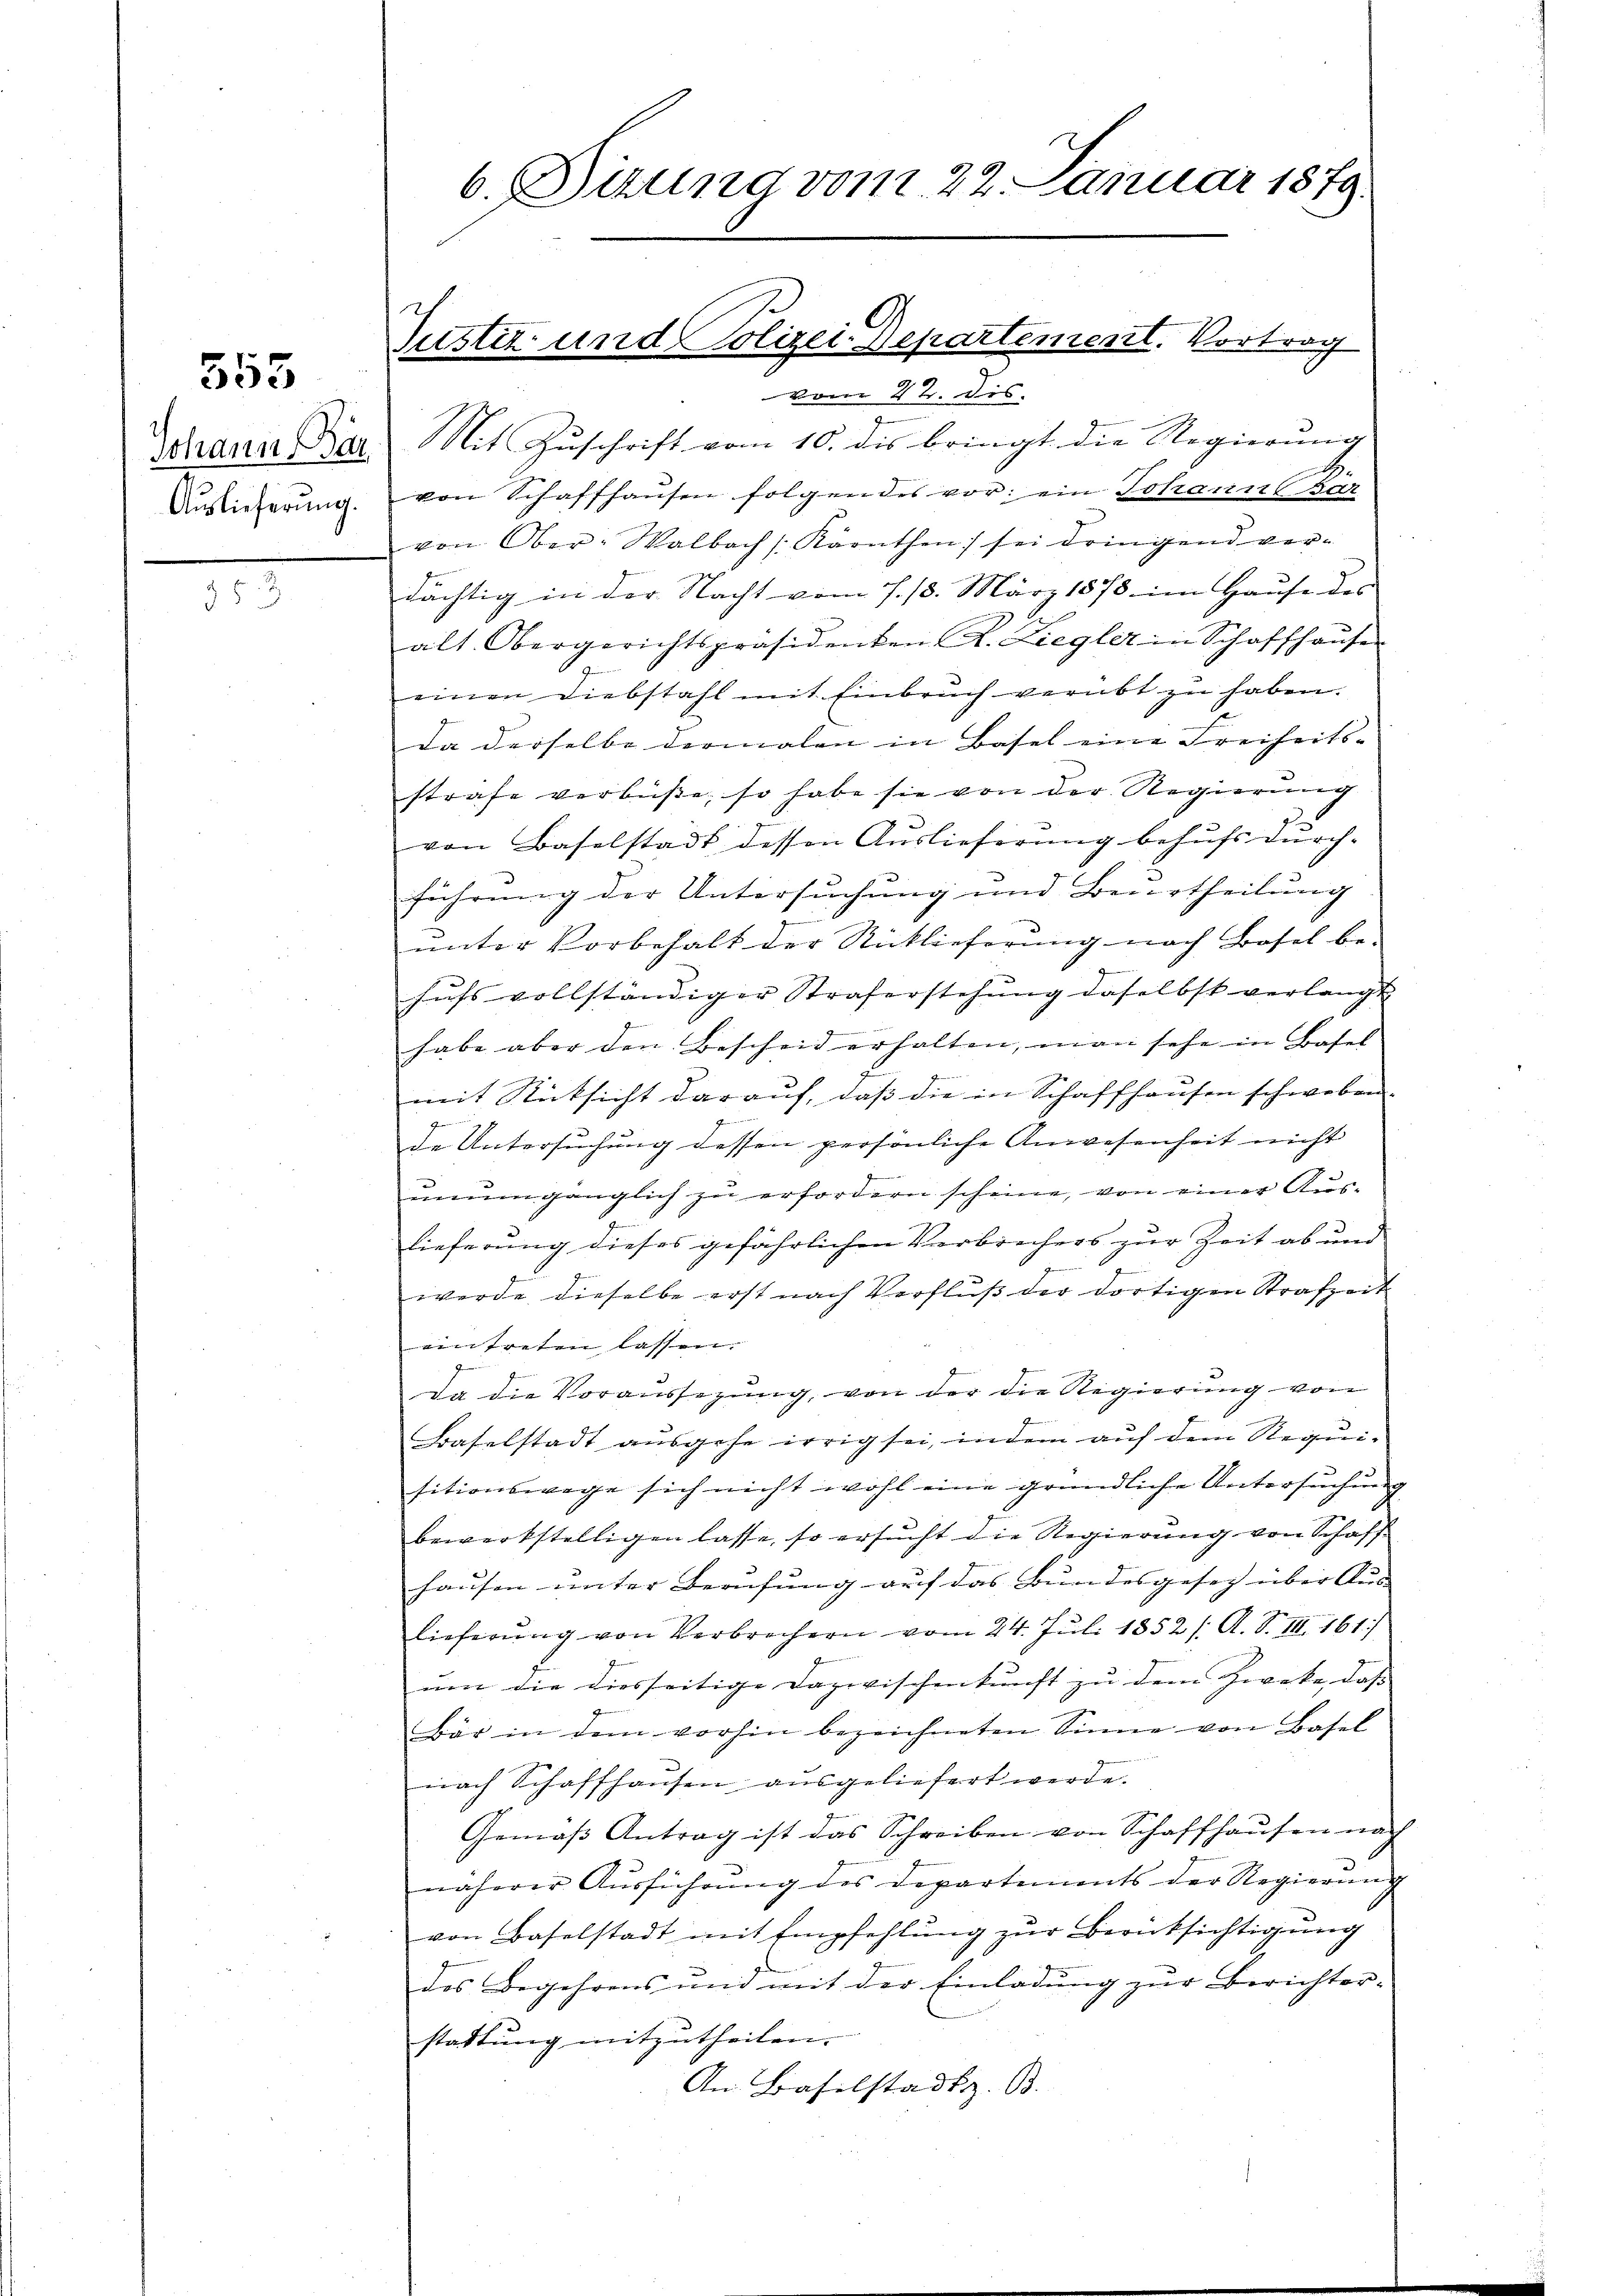
555

Johann Bär
Auslieferung.

353

6. Dizung vom 22. Januar 1879.

Justiz und Polizei-Departement. Vortrag
vom 22. Dis

Mit Zuschrift vom 10. dis bringt die Regierung
von Schaffhaŭsen folgendes vor; ein Johann Bar
von Ober-Walbach Kärnthen sei dringend ver-
dächtig in der Nacht vom 1. 13. März 1878 im Hause des
alt. Obergerichtspräsidenten A. Ziegler in Schaffhaŭse
J
einen Diebstahl mit Einbruch verübt zŭ haben.
Da derselbe dermalen in Basel eine Freiheits-
strafe verbüße, so habe sie von der Regierung
von Baselstadt dessen Auslieferung behufs durch-
führung der Untersuchung und Beurtheilung
unter Vorbehalt der Rücklieferung nach Basel be-
hufs vollständiger Straferstehung daselbst verlangt
habe aber den Bescheid erhalten, man sehe in Basel
mit Rücksicht darauf, daß die in Schaffhausen schweben.
g

de Untersuchung dessen persönliche Anwesenheit nicht
ŭnŭmgänglich zŭ erfordern scheine, von einer Aus-
9
lieferung dieses gefährlichen Verbrechers zur Zeit ab und
-
werde dieselbe erst nach Verfluß der dortigen Strafzeit
eintreten lassen.
Da die Voraussezung, von der die Regierung von
Baselstadt ausgehe irrig sei, indem auf dem Requisitionswege sich nicht wohl eine gründliche Untersuchung
bewerkstelligen lasse, so ersucht die Regierung von Schaffhausen unter Berufung auf das Bundesgesetz über Aus-
lieferŭng von Verbrechern vom 24. Jŭli 1852 /: A. S. III. 161)
ŭm die diesseitige Dazwischenkunft zu dem Zwecke, daß
Bär in dem vorhin bezeichneten Sinne von Basel
e
nach Schaffhausen ausgeliefert werde.
Gemäβ Antrag ist das Schreiben von Schaffhaŭsen nach
näherer Ausführung des Departiments der Regierung
von Baselstadt mit Empfehlung zur Berücksichtigung
des Begehrens und mit der Einladŭng zŭr Berichter-
stattung mitzutheilen.
An Baselstadt z. B.